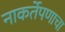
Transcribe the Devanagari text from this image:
नाकर्तेपणाचा